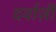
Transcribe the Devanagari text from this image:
दर्वाज़ी